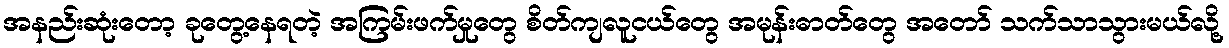
အနည်းဆုံးတော့ ခုတွေ့နေရတဲ့ အကြမ်းဖက်မှုတွေ စိတ်ကျလူငယ်တွေ အမုန်းဓာတ်တွေ အတော် သက်သာသွားမယ်လို့